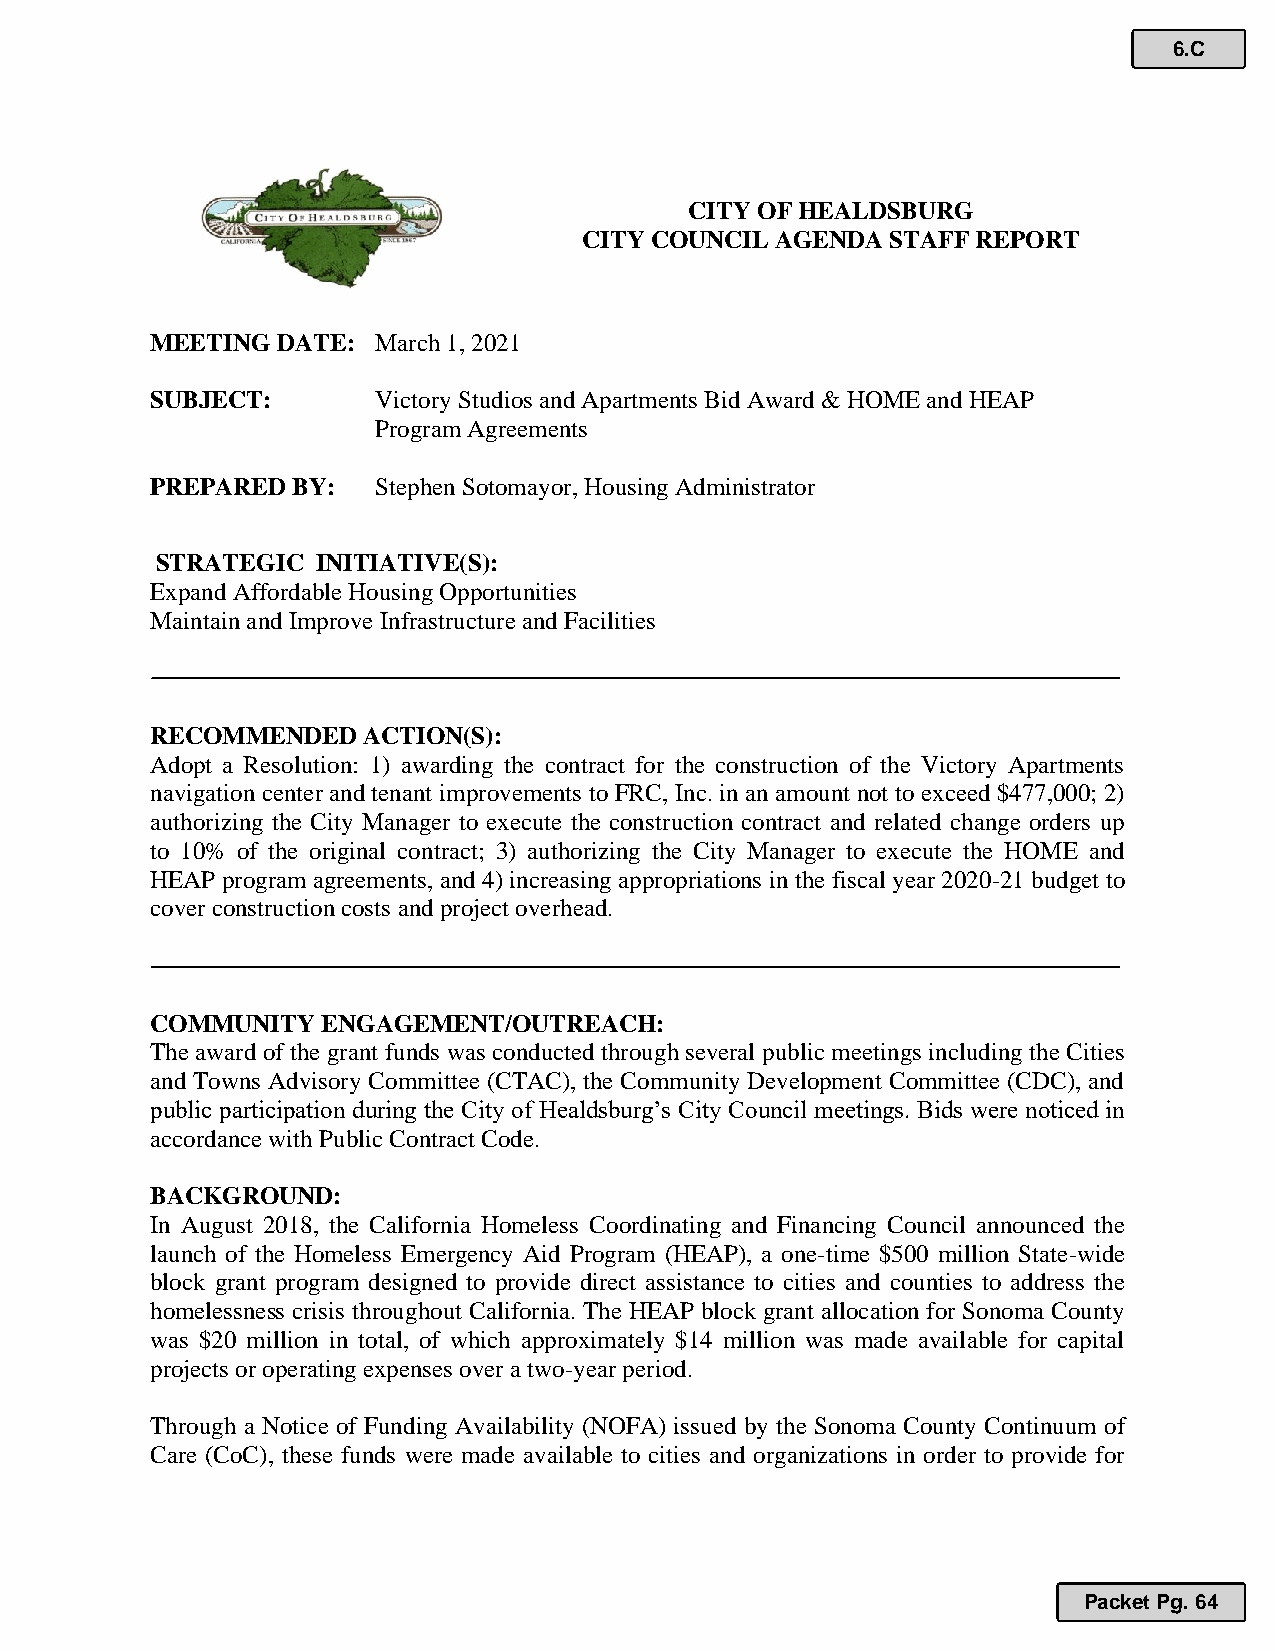
6.C
 CITY OF HEALDSBURG
 CITY COUNCIL AGENDA STAFF REPORT
 MEETING DATE:  March 1, 2021
 SUBJECT:       Victory Studios and Apartments Bid Award & HOME and HEAP
 Program Agreements
 PREPARED BY:   Stephen Sotomayor, Housing Administrator
 STRATEGIC  INITIATIVE(S):
 Expand Affordable Housing Opportunities
 Maintain and Improve Infrastructure and Facilities
 RECOMMENDED   ACTION(S):
 Adopt a Resolution: 1) awarding the contract for the construction of the Victory Apartments
 navigation center and tenant improvements to FRC, Inc. in an amount not to exceed $477,000; 2)
 authorizing the City Manager to execute the construction contract and related change orders up
 to 10% of the original contract; 3) authorizing the City Manager to execute the HOME and
 HEAP program agreements, and 4) increasing appropriations in the fiscal year 2020-21 budget to
 cover construction costs and project overhead.
 COMMUNITY  ENGAGEMENT/OUTREACH:
 The award of the grant funds was conducted through several public meetings including the Cities
 and Towns Advisory Committee (CTAC), the Community Development Committee (CDC), and
 public participation during the City of Healdsburg’s City Council meetings. Bids were noticed in
 accordance with Public Contract Code.
 BACKGROUND:
 In August 2018, the California Homeless Coordinating and Financing Council announced the
 launch of the Homeless Emergency Aid Program (HEAP), a one-time $500 million State-wide
 block grant program designed to provide direct assistance to cities and counties to address the
 homelessness crisis throughout California. The HEAP block grant allocation for Sonoma County
 was $20 million in total, of which approximately $14 million was made available for capital
 projects or operating expenses over a two-year period.
 Through a Notice of Funding Availability (NOFA) issued by the Sonoma County Continuum of
 Care (CoC), these funds were made available to cities and organizations in order to provide for
 Packet Pg. 64